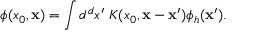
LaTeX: \phi ( x _ { 0 } , { \bf x } ) = \int d ^ { d } x ^ { \prime } \; K ( x _ { 0 } , { \bf x } - { \bf x } ^ { \prime } ) \phi _ { h } ( { \bf x } ^ { \prime } ) .